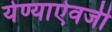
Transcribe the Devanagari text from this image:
येण्याऐवजी